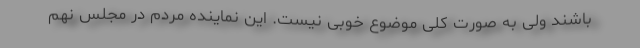
باشند ولی به صورت کلی موضوع خوبی نیست. این نماینده مردم در مجلس نهم